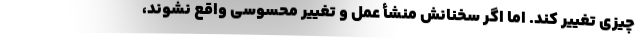
چیزی تغییر کند. اما اگر سخنانش منشأ عمل و تغییر محسوسی واقع نشوند،